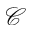
\mathcal { C }